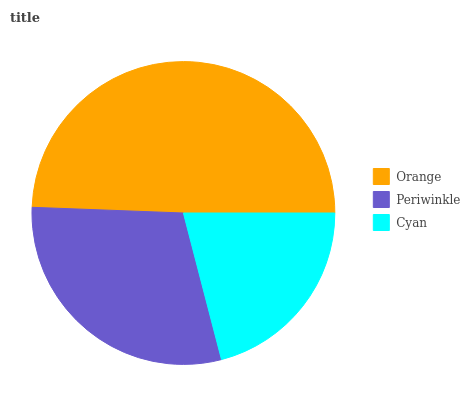
| Orange | Periwinkle | Cyan |
 | --- | --- | --- |
 | 49.4% | 29.6% | 21% |